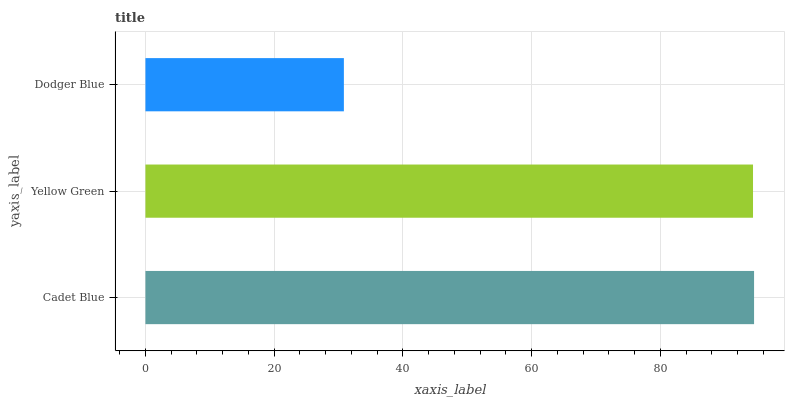
| yaxis_label | bars |
 | --- | --- |
 | Cadet Blue | 94.5 |
 | Yellow Green | 94.4 |
 | Dodger Blue | 30.8 |